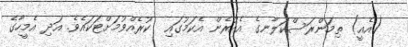
(އެއީ) ތިމަންރަސްކަލާނގެ އެއުރެން އެކަމުގައި  ކުރެއްވުމަށްޓަކައެވެ. އަދި އެމީހާގެ